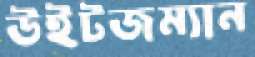
উইটজম্যান